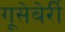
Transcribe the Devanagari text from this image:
गूसेबेर्री